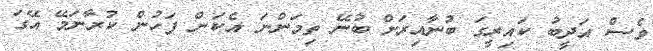
ވެސް އަދީބު ކައިރީގަ ބުނާއިރަށް ބުނޭ ތިމަންނަ އެކަން ފަހުން ކުރާނަމޭ އޭގަ